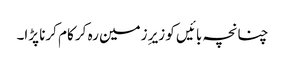
چنانچہ بائیں کو زیرِ زمین رہ کر کام کرنا پڑا۔